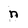
Character: n